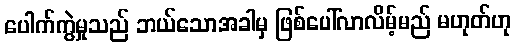
ပေါက်ကွဲမှုသည် ဘယ်သောအခါမှ ဖြစ်ပေါ်လာလိမ့်မည် မဟုတ်ဟု